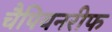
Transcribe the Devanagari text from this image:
चैपियनरीफ